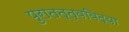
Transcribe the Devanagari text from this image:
पुरातत्त्वविद्या